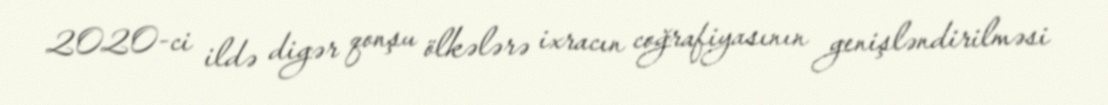
2020-ci ildə digər qonşu ölkələrə ixracın coğrafiyasının genişləndirilməsi